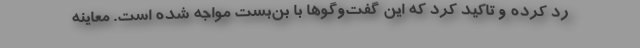
رد کرده و تاکید کرد که این گفت‌وگوها با بن‌بست مواجه شده است. معاینه